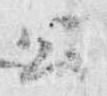
公